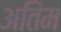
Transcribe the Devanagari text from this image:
अतिंम